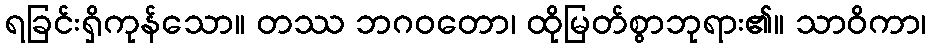
ရခြင်းရှိကုန်သော။ တဿ ဘဂဝတော၊ ထိုမြတ်စွာဘုရား၏။ သာဝိကာ၊